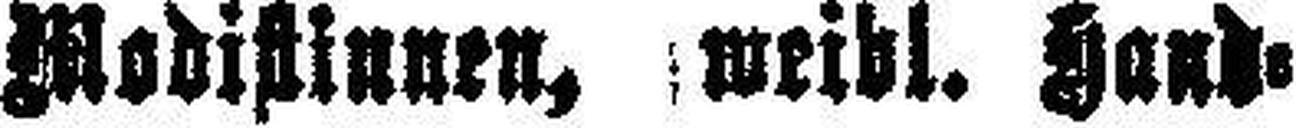
Modistinnen, weibl. Hand¬